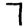
Digit: 7